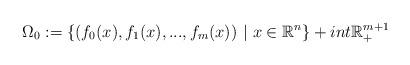
LaTeX: \begin{align*} \Omega_0:=\{(f_0(x),f_1(x),...,f_m(x))\ |\ x\in\mathbb{R}^n\}+int\mathbb{R}^{m+1}_+\end{align*}